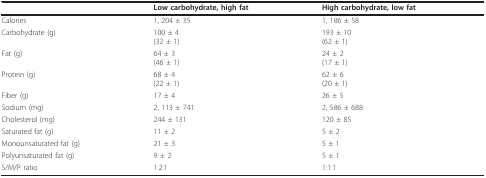
<table><thead><tr><td></td><td><b>Low carbohydrate, high fat</b></td><td><b>High carbohydrate, low fat</b></td></tr></thead><tbody><tr><td>Calories</td><td>1, 204 ± 35</td><td>1, 186 ± 58</td></tr><tr><td>Carbohydrate (g)</td><td>100 ± 4(32 ± 1)</td><td>193 ± 10(62 ± 1)</td></tr><tr><td>Fat (g)</td><td>64 ± 3(46 ± 1)</td><td>24 ± 2(17 ± 1)</td></tr><tr><td>Protein (g)</td><td>68 ± 4(22 ± 1)</td><td>62 ± 6(20 ± 1)</td></tr><tr><td>Fiber (g)</td><td>17 ± 4</td><td>26 ± 5</td></tr><tr><td>Sodium (mg)</td><td>2, 113 ± 741</td><td>2, 586 ± 688</td></tr><tr><td>Cholesterol (mg)</td><td>244 ± 131</td><td>120 ± 85</td></tr><tr><td>Saturated fat (g)</td><td>11 ± 2</td><td>5 ± 2</td></tr><tr><td>Monounsaturated fat (g)</td><td>21 ± 3</td><td>5 ± 1</td></tr><tr><td>Polyunsaturated fat (g)</td><td>9 ± 2</td><td>5 ± 1</td></tr><tr><td>S/M/P ratio</td><td>1:2:1</td><td>1:1:1</td></tr></tbody></table>